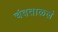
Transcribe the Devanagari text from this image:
चंवताळलं